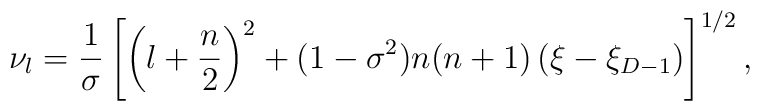
\nu _{l} =\frac{1}{\sigma }\left[ \left( l+\frac{n}{2}\right)^{2}+(1-\sigma ^{2})n(n+1)\left( \xi -\xi _{D-1}\right) \right]^{1/2},